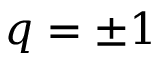
q = \pm 1